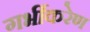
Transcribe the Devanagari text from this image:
गर्भीकरेण